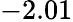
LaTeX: -2.01